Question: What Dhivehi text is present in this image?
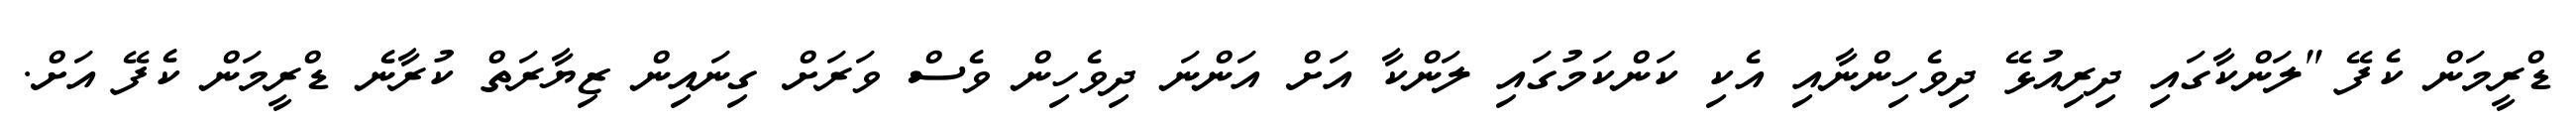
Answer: ޑްރީމަން ކެފޭ "ލަންކާގައި ދިރިއުޅޭ ދިވެހިންނާއި އެކި ކަންކަމުގައި ލަންކާ އަށް އަންނަ ދިވެހިން ވެސް ވަރަށް ގިނައިން ޒިޔާރަތް ކުރާނެ ޑްރީމަން ކެފޭ އަށް.